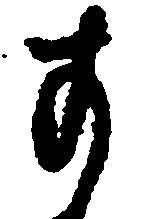
す